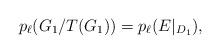
LaTeX: \begin{align*} p_\ell(G_1/T(G_1)) = p_\ell(E|_{D_1}),\end{align*}